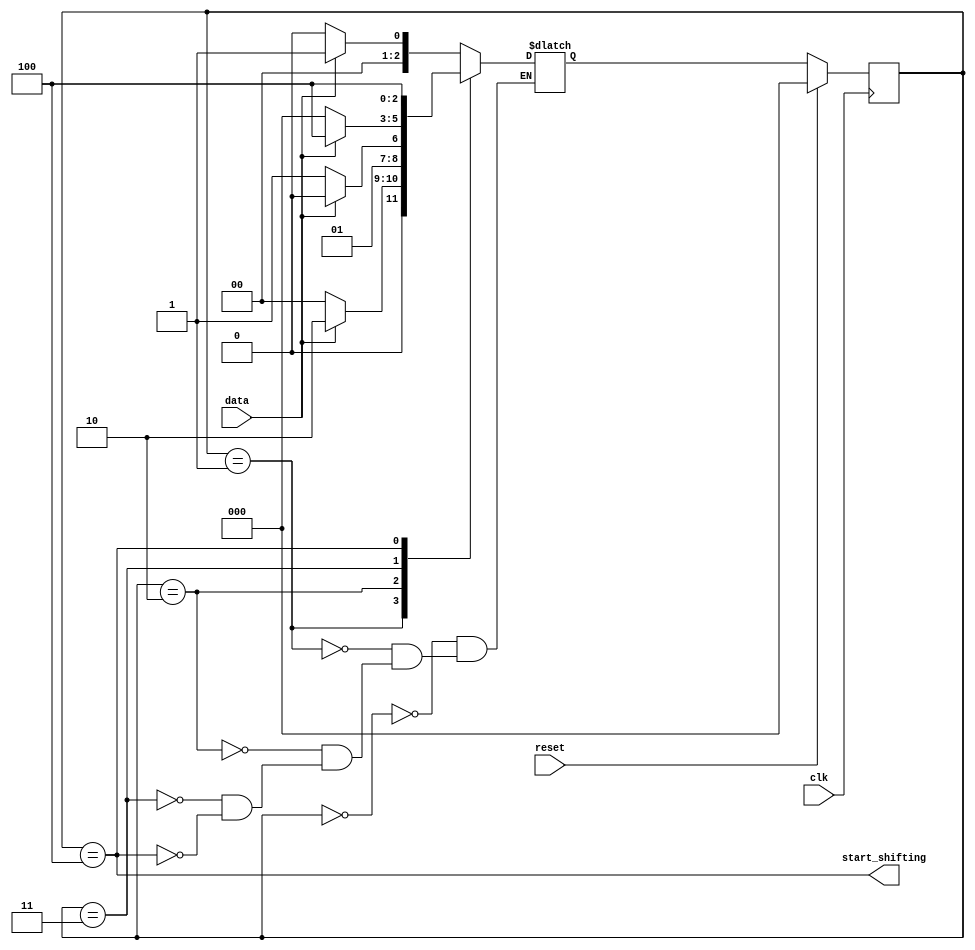
module top_module(clk, reset, data, start_shifting);
    input clk;
    input reset;    // Synchronous reset to state A
    input data;
    output start_shifting;//  
    reg start_shifting;

    parameter A=0, B=1, C=2, D=3, E=4; 
    reg [2:0] state, next_state;

    always @(*) begin    
        case (state)
            A : begin
                    if (data) begin
                    next_state = B;
                end
                else begin
                    next_state = A;
                end 
            end
            B : begin
                  if (data) begin
                    next_state = C;
                end
                else begin
                    next_state = A;
                end
            end
            C : begin
                  if (data) begin
                    next_state = C;
                end
                else begin
                    next_state = D;
                end
            end
            D : begin
                  if (data) begin
                    next_state = E;
                end
                else begin
                    next_state = A;
                end
            end
            E : begin
                next_state = E;
            end

        endcase


    end

    always @(posedge clk) begin    // This is a sequential always block
        if (reset) begin
            state = A;
        end
        else begin
            state = next_state;
        end
    end
	
    assign start_shifting = (state == E);

endmodule